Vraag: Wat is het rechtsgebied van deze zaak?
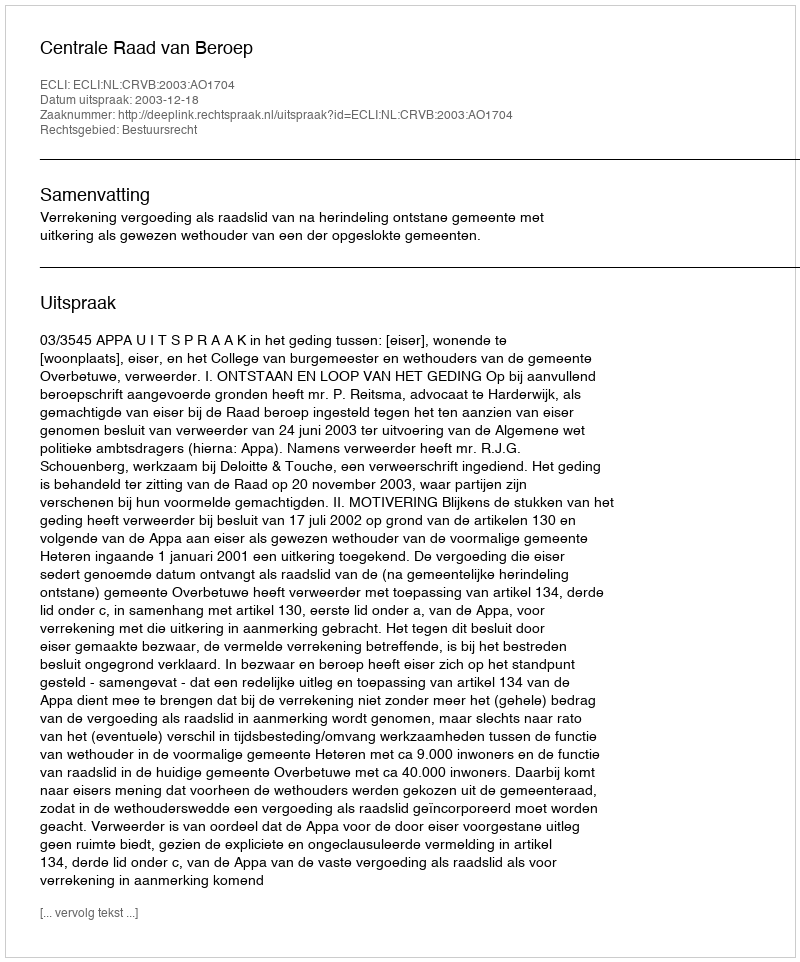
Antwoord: Bestuursrecht